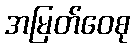
အမြတ်ဝေစု